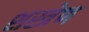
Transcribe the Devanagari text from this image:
शस्त्रेण